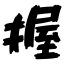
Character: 握